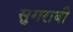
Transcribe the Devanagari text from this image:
सुगराबी